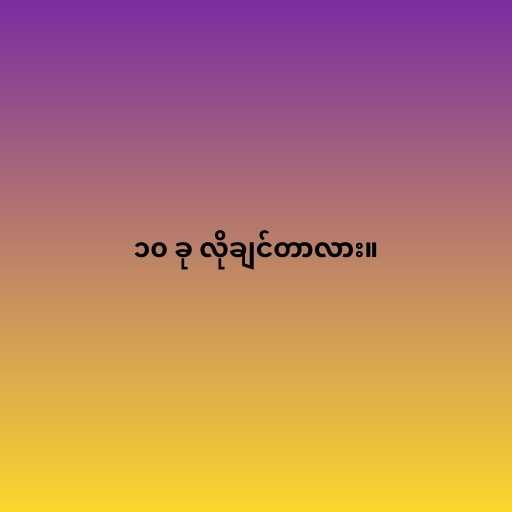
၁၀ ခု လိုချင်တာလား။